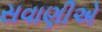
સવાણીએ